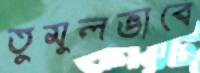
তুমুলভাবে